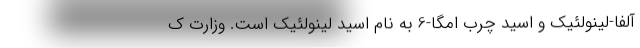
آلفا-لینولئیک و اسید چرب امگا-6 به نام اسید لینولئیک است. وزارت ک